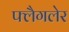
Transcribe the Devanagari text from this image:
फ्लैगलेर